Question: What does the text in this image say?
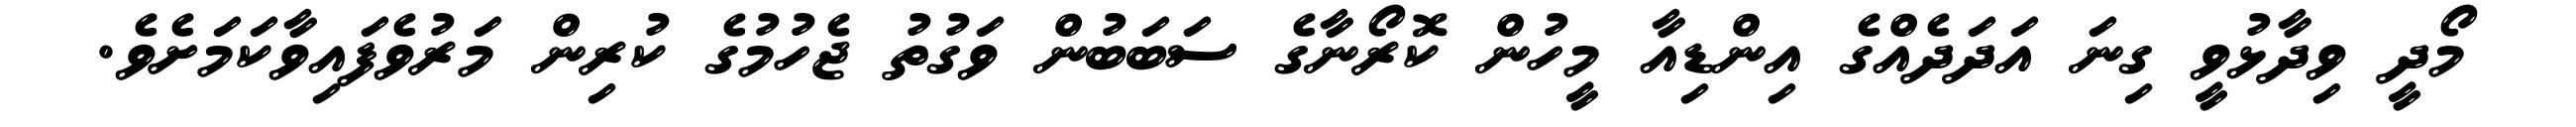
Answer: މޯދީ ވިދާޅުވީ ގިނަ އަދަދެއްގެ އިންޑިއާ މީހުން ކޮރޯނާގެ ސަބަބުން ވަގުތު ޖެހުމުގެ ކުރިން މަރުވެފައިވާކަމަށެވެ.